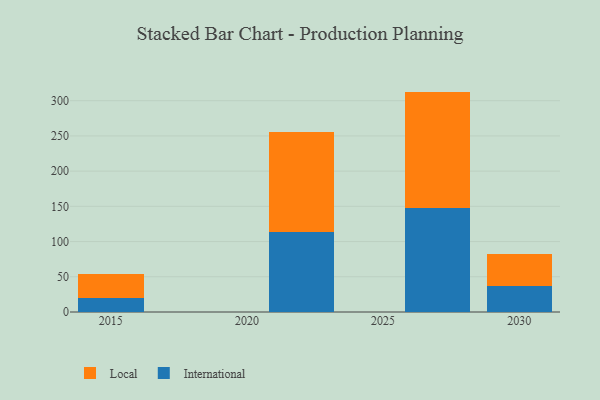
{"axis": {"x": "Year", "y": "Net Income (USD K)"}, "legend": ["International", "Local"], "data": [{"x": "2027", "y": 147.2, "type": "International"}, {"x": "2027", "y": 165.7, "type": "Local"}, {"x": "2030", "y": 36.4, "type": "International"}, {"x": "2030", "y": 46.0, "type": "Local"}, {"x": "2022", "y": 113.1, "type": "International"}, {"x": "2022", "y": 141.8, "type": "Local"}, {"x": "2015", "y": 19.5, "type": "International"}, {"x": "2015", "y": 35.0, "type": "Local"}]}